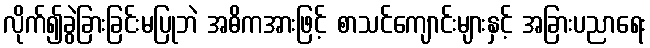
လိုက်၍ခွဲခြားခြင်းမပြုဘဲ အဓိကအားဖြင့် စာသင်ကျောင်းများနှင့် အခြားပညာရေး